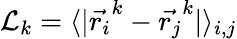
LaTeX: \mathcal{L}_{k}=\langle|\vec{r_{i}}^{k}-\vec{r_{j}}^{k}|\rangle_{i,j}